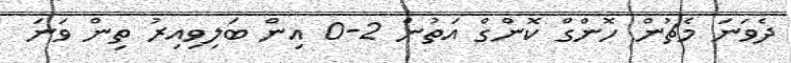
ދެވަނަ މެޗުން ހޮންގް ކޮންގް އަތުން 2-0 އިން ބަލިވިއިރު ތިން ވަނަ